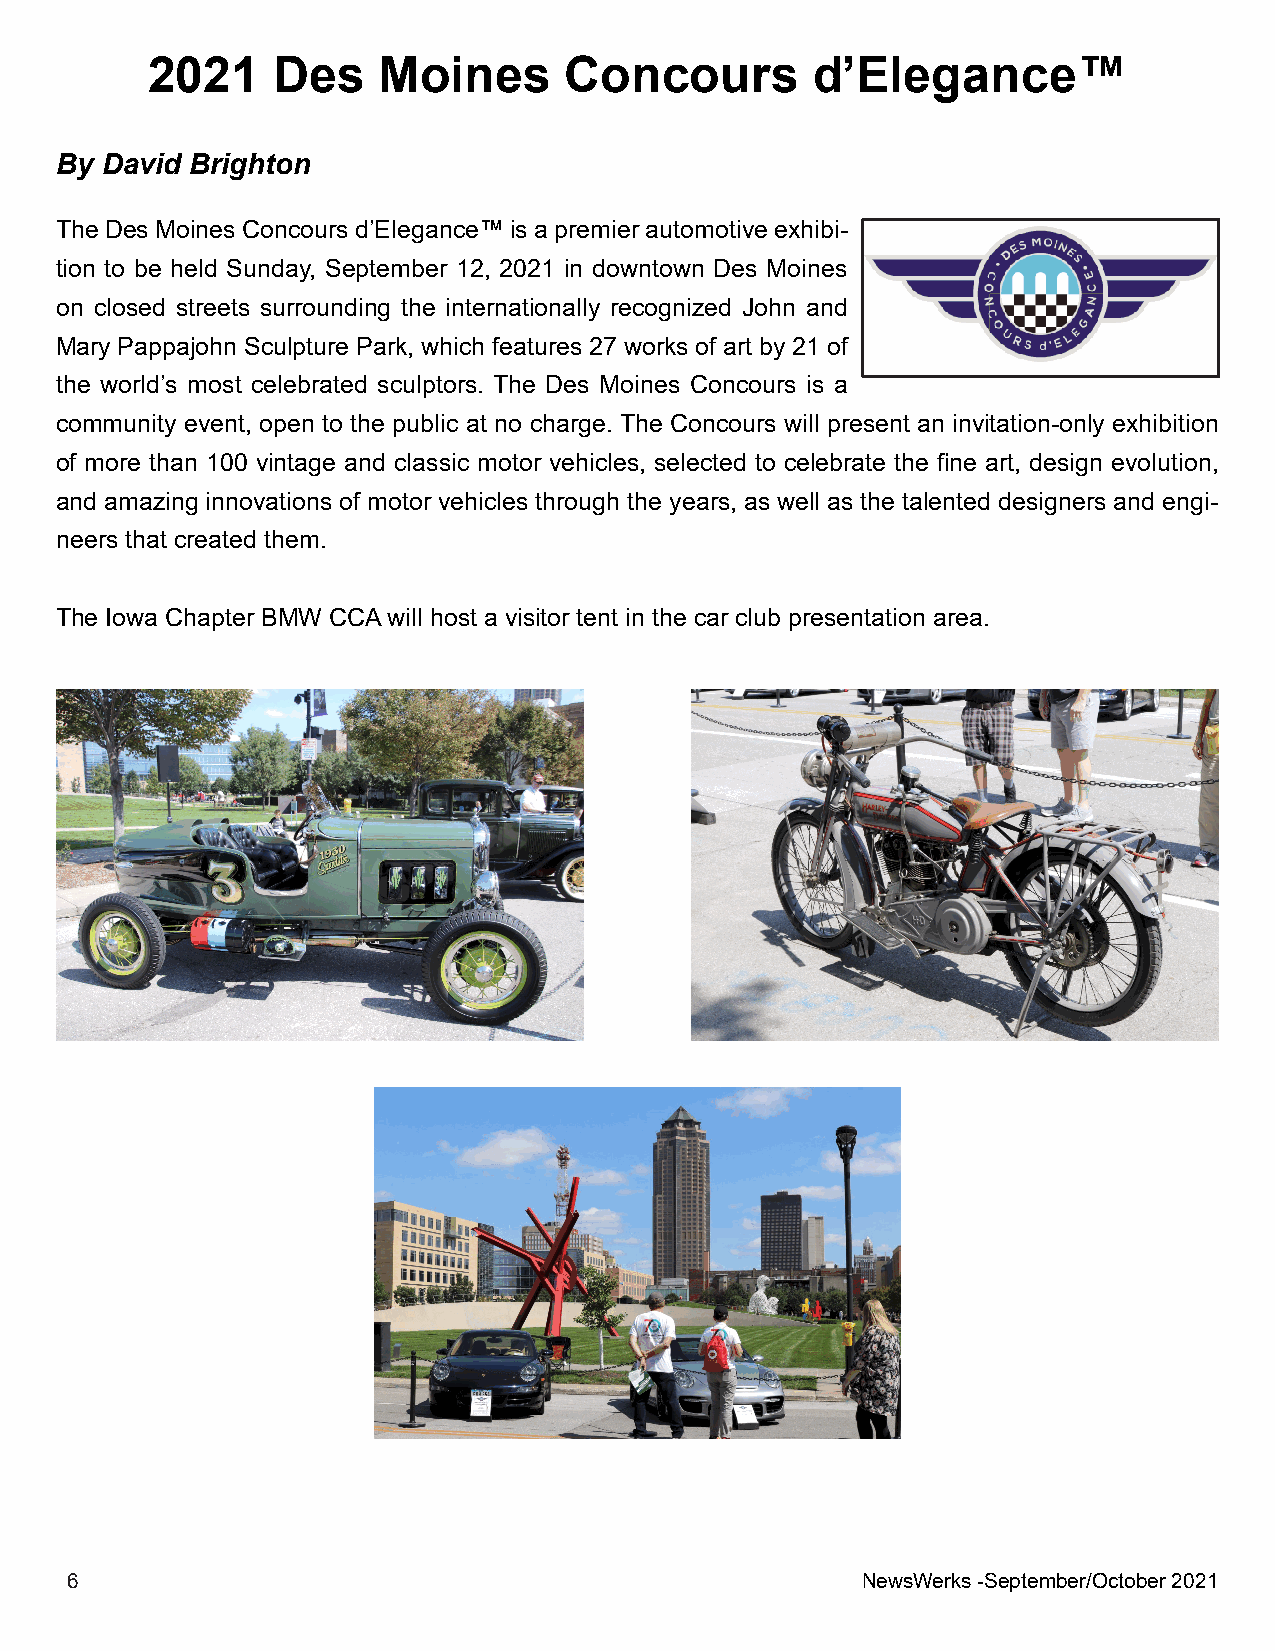
22002211 DDeess MMooiinneess CCoonnccoouurrss d’Elegance™
 By David Brighton
 TheDesMoinesConcoursd’Elegance™isapremierautomotiveexhibi-
 tion to be held Sunday, September 12, 2021 in downtown Des Moines
 on closed streets surrounding the internationally recognized John and
 Mary Pappajohn Sculpture Park, which features 27 works of art by 21 of
 the world’s most celebrated sculptors. The Des Moines Concours is a
 community event, open to the public at no charge. The Concours will present an invitation-only exhibition
 of more than 100 vintage and classic motor vehicles, selected to celebrate the fine art, design evolution,
 and amazing innovations of motor vehicles through the years, as well as the talented designers and engi-
 neers that created them.
 The Iowa Chapter BMW CCAwill host a visitor tent in the car club presentation area.
 66                                                   NewsWerks-September/October2021